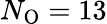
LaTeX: N_{\mathrm{O}}=13